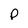
Character: p